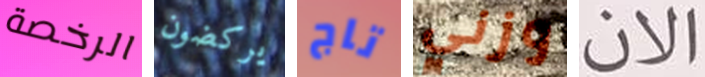
الرخصة يركضون تاج وزني الان